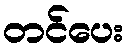
တင်ပေး